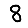
Digit: 8